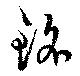
銘